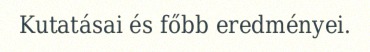
Kutatásai és főbb eredményei.